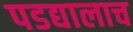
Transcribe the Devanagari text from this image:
पडद्यालाच